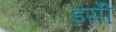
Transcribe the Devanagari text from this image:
इसॅी